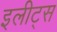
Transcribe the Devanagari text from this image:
इलीट्स